Inquiry into the circumstances attending an outbreak of cholera in H. M.'s 18th Hussars at Secunderabad in the month of May
Year: 1871
Disease focus: Cholera
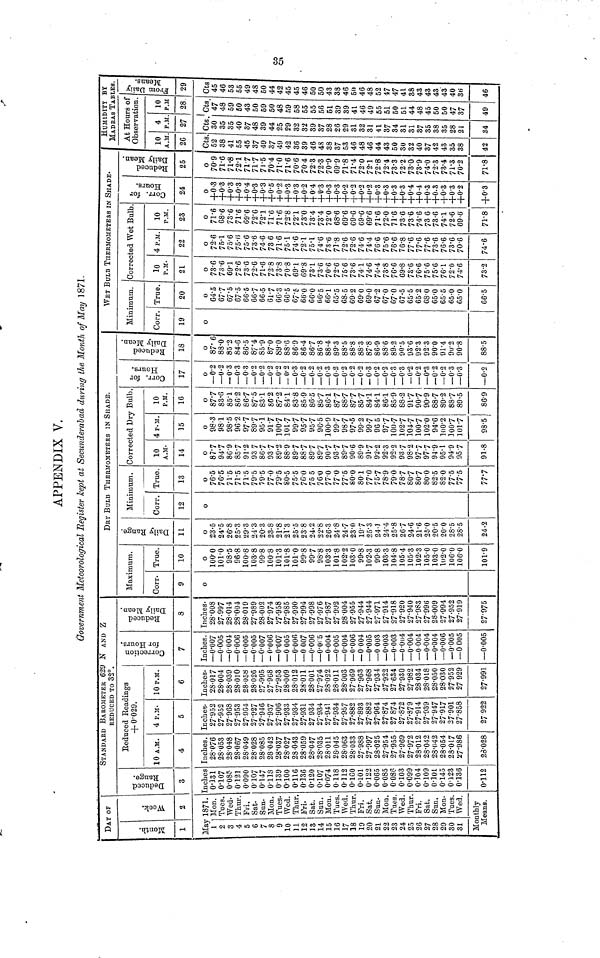
APPENDIX V.
Government Meteorological Register kept at Secunderabad during the Month of May 1871.
DAY OF
Month.
1
2
May 1871.
1
2
3
4
5
6
7
8
9
10
11
12
13
14
15
16
17
18
19
20
21
22
23
24
25
26
27
28
29
30
31
Mon.
Tues.
Wed.
Thur.
Fri.
Sat.
Sun.
Mon.
Tues.
Wed.
Thur.
Fri.
Sat.
Sun.
Mon.
Tues.
Wed.
Thur.
Fri.
Sat.
Sun.
Mon.
Tues.
Wed.
Thur.
Fri.
Sat.
Sun,
Mon.
Tues.
Wed.
Monthly
Means.
STANDARD BAROMETER 629 N AND Z
REDUCED TO 32°.
Deduced.
3
Inches
0·131
0·107
0·085
0·121
0·090
0·107
0·147
0·118
0·139
0·100
0·116
0·136
0·120
0·107
0·074
0·118
0·112
0·160
0·101
0·122
0·065
0·085
0·086
0·103
0·099
0·104
0·109
0·101
0·145
0·123
0·136
0·112
Reduced Readings
+ 0·029.
10 A.M.
4
Inches.
28·076
28·053
28·048
28·067
28·049
28·028
28·085
28·042
28·037
28·027
28·043
28·059
28·047
28·035
28·011
28·045
28·063
28·033
27·988
27·997
28·025
27·954
27·955
27·969
27·972
28·012
28·042
28·042
28·054
28·017
27·986
28·028
4 P.M.
5
Inches.
27·952
27·952
27·968
27·953
27·964
27·927
27·946
27·937
27·906
27·933
27·934
27·931
27 934
27·934
27·941
27·934
27·957
27·882
27·893
27·882
27·964
27·874
27·874
27-872
27·379
27·914
27·939
27·947
27·917
27·901
27·858
27 922
10 P.M.
6
Inches.
28·017
28·004
28·039
28·010
28·058
28·026
27·995
27·968
27·953
28·009
28-012
28·011
28·001
27·974
28·022
28·011
28·003
27·969
27·963
27·968
27·934
27·922
27·634
27·930
27·982
28·034
28·018
28·050
28·030
27·952
27·929
27·991
Correction
for Hours.
7
Inches.
—0·007
—0·005
—0-004
—0·006
—0·005
—0·005
—0·007
-0·006
—0·007
—0·005
—0·006
—0·007
—0·006
— 0·005
—0·004
—0·005
—0·004
—0·006
— 0·004
—0·005
—0·003
—0·003
—0·003
— 0·004
—0·004
—0· 004
—0·004
—0·004
—0·006
—0·005
—0005
—0·005
Reduced
Daily mean.
8
Inches.
28·008
27·997
28·014
28·004
28·019
27·989
28·002
27·974
27·958
27·985
27·990
27·994
27·998
27·976
27·987
27·992
28·004
27·955
27·944
27·944
27·971
27·914
27·918
27·920
27·940
27·983
27·996
28·009
27·994
27·952
27·919
27·975
DRY BULB THERMOMETERS IN SHADE.
Maximum.
Corr.
9
o
True.
10
100·0
101·0
98·5
96·8
100·8
103·8
99·8
100·8
101·3
101·8
101·0
99·8
99·7
98-8
103·3
101·8
102·2
103·0
99·8
102·3
99·8
103·3
104·8
105·4
105·3
102·3
105·0
103·0
102·0
106·0
106·0
101·9
Daily
Range.
11
o
23·5
24·5
26·8
25·3
29·3
24·3
20·3
23·8
21·8
21·3
25·5
23·8
24·2
22·8
26·3
24·8
24·7
23·0
19·7
25·3
240
24·4
25*8
267
24·6
21·6
25·0
20·5
20·0
28·5
28·5
24·2
Minimum.
Corr.
12
o
True.
13
o
76·5
76·5
71·5
71·5
71·5
79·5
79·5
77·0
79·5
80·5
75·5
76·0
75·5
76·0
77·0
77·0
77·5
80·0
80·1
77·0
757
78·9
79·0
78·7
80·7
80·7
80·0
82v5
82·0
77·5
77·5
77·7
Corrected Dry Bulb.
10A.M
.
14
o
87·7
94·7
86·9
85·7
91·2
93·7
867
937
89·2
88·9
89·7
887
89·7
89·7
907
93·7
89·7
90·6
89·9
91·7
92·2
92·3
92·2
93·7
98·2
97·7
97·7
94·9
95·1
94·9
957
91·8
4 P.M.
15
o
98·3
98·1
98·5
96·2
97·7
89·7
95·1
91·7
100·7
101·7
99·7
95·7
95·7
96·5
100·9
99·7
98·7
97·5
99·2
99·7
96 5
97·7
100·7
102·7
104·7
100·7
102·0
94·6
100·2
1007
1017
98·5
10A.M
16
o
877
83·6
Corr. for
Hours.
17
o
—0·2
—0·2
85·1 —0·3
86·2
867
87·5
83·1
—0·3
—0·3
—0·2
—0·2
86·2 —0·2
87·2 —0·2
84·1 -0·2
83·8 —0·3
85·9 —0·2
86·5
85·7
86·1
87·7
887
87·7
857
84·1
84·1
86·1
85·9
88·2
91·7
90·7
90·9
88·7
89·2
88·7
89·5
86·9
—0·2
—0·2
— 0·3
—0·2
—0·2
— 0·2
—0·2
_0·3
—0·2
—0·2
—0·3
—0·3
-0·2
—0·2
—0·3
—0·2
— 0·2
—0·3
—0·3
—0·2
Reduuced
|Daily Mean.
18
o
87·6
88·0
85·2
84·6
86·5
87·4
85·9
87·0
89·0
88·6
86·9
86·4
86·7
86·8
88·4
89·3
88·5
88·8
88·3
87·8
86·9
88·6
89·2
90·5
93·6
92·3
92·3
90·0
91·4
90·2
90·8
88·5
WET BULB THERMOMETERS IN SHADE.
Minimum.
Corr.
19
o
True.
20
o
64·5
67·7
67·5
67·5
66·5
66·7
66·5
61·7
66·3
66·5
67·5
66·0
66·0
06·5
66·1
65·5
68·5
69-2
69·0
69·0
67·2
67·0
67·0
67·5
65·5
65·2
68·0
65·0
65·5
65·0
65·0
66·5
Corrected Wet Bulb
10P.M
21
0
73·6
73·6
69·1
72·6
73·6
72·6
71·6
72·8
73·8
70·8
69·1
69·8
73·1
73·6
70·6
72·6
75·6
73·6
74 1
74·6
74·4
73·8
76·6
69·8
73·6
76·6
75·6
75·6
76·1
72·6
74·6
73·2
4 P.M.
22
o
72·6
75·1
75·6
75·6
75·6
73·6
74·6
73·6
71·6
75·1
74·6
72·1
75·1
74·6
73·6
71·8
72·6
72·6
74·6
74·4
76·6
75·6
76·6
76·8
77·6
77·6
77·6
73·6
76·6
73·6
70·6
74·6
10P.M.
23
o
71·6
68·6
73·6
71·6
69·6
72·6
72·1
71·6
71·6
72·8
72·1
73·0
73·4
73·4
72·0
68·6
69·6
69·6
69·6
69·6
71·6
72·0
71·6
73·6
73·6
74·6
73 6
73·6
74·1
72·6
69·6
71·8
Corr. for
Hours.
24
o
+0·3
+0+3
+0·3
+0·3
+0·4
+0·3
+0·3
+0·5
+0·2
+0·3
+0·3
+0·2
+0·4
+0·3
+0·3
+0·3
+0·2
+0·2
+0·2
+0·2
+0·3
+0·3
+0·3
+0·3
+0·4
+0·4
+0·3
+0·3
+0·3
+0·3
+0·2
+0·3
Reduced Daily Mean.
25
o
70·9
71·6
71·8
72·1
71·7
717
71·5
70·4
71·0
71·6
70·6
70·4
72·3
72·3
70·9
69·9
71·8
71·4
72·0
72·1
72·8
72·4
73·3
72·2
73·0
73·9
74·0
72·3
73·4
71·3
70·2
71-8·
HUMIDITY BY
MADRAS TABLES.
At Hours of
Observation.
10A.M
26
Cts
52
38
41
55
45
37
49
37
49
42
36
39
46
48
38
37
53
46
48
46
44
43
50
30
32
40
37
42
43
35
38
42
4P.M
27
Cts
30
35
35
40
37
48
39
44
25
29
32
32
39
37
28
26
29
31
32
31
41
37
34
31
31
37
35
38
35
28
21
34
10 P.M
28
Cts
47
48
59
50
43
50
59
50
48
59
58
55
55
56
51
39
39
41
46
49
55
51
50
51
44
48
45
50
50
47
37
49
From Daily Means.
29
Cts
45
46
53
55
49
48
50
44
42
45
45
46
50
50
43
38
46
50
46
48
52
47
47
41
38
43
43
43
43
40
36
46
CO
35i